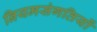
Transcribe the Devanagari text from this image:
नियमसंगतियों